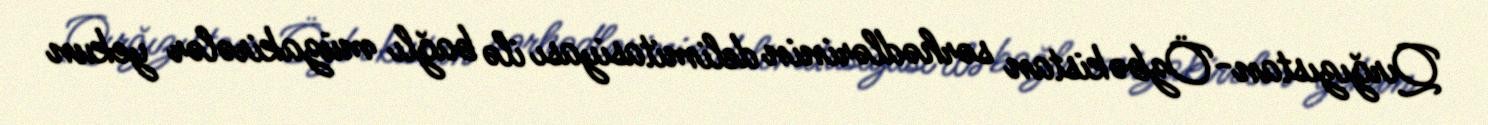
Qırğızıstan-Özbəkistan sərhədlərinin delimitasiyası ilə bağlı müzakirələr yekun